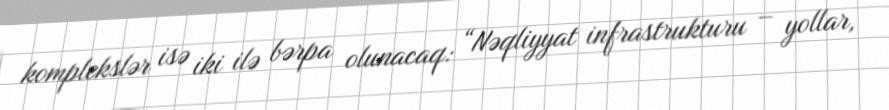
komplekslər isə iki ilə bərpa olunacaq: “Nəqliyyat infrastrukturu – yollar,